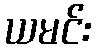
ယမင်း